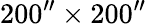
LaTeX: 200^{\prime\prime}\times 200^{\prime\prime}